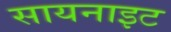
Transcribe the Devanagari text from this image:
सायनाइट